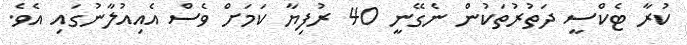
ކުރާ ޓެކްސީ ދަތުރުތަކުން ނެގޭނީ 40 ރުފިޔާ ކަމަށް ވެސް އެއިއުލާނުގައި އެވެ.